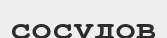
сосудов